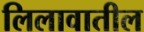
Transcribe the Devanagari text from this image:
लिलावातील